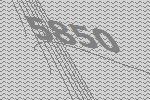
5850